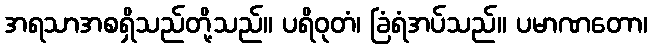
အရသာအစရှိသည်တို့သည်။ ပရိဝုတံ၊ ခြံရံအပ်သည်။ ပမာဏတော၊